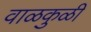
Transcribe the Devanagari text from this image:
वाळकुळी